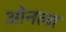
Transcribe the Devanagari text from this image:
ओनला